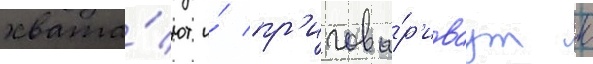
хвата́ют и́ пр'игова́р'иваут к